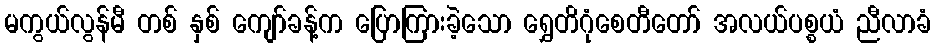
မကွယ်လွန်မီ တစ် နှစ် ကျော်ခန့်က ပြောကြားခဲ့သော ရွှေတိဂုံစေတီတော် အလယ်ပစ္စယံ ညီလာခံ